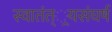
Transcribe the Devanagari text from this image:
स्वातंत््रयसंघर्ष